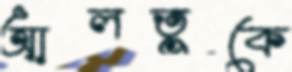
আলতুকে